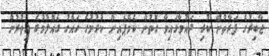
ޖާބިރުގެ ފަރާތުން ކުރި ދައުވާގައިވާ ގޮތުން ކެމްޕެއިން ކުރުމުގެ ހައްގު ގެއްލުމުގެ އިތުރުން